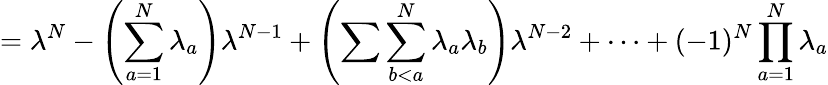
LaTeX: =\lambda^{N}-\left(\sum_{a=1}^{N}\lambda_{a}\right)\lambda^{N-1}+\left(\sum\sum_{b<a}^{N}\lambda_{a}\lambda_{b}\right)\lambda^{N-2}+\dots+(-1)^{N}\prod_{a=1}^{N}\lambda_{a}